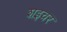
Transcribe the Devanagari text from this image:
शइचर